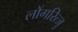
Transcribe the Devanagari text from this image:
लोंगरित्जु